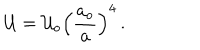
{ \cal U } = { \cal U } _ { o } \left( { \frac { a _ { o } } { a } } \right) ^ { 4 } \, .